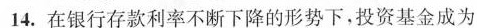
14.在银行存款利率不断下降的形势下，投资基金成为